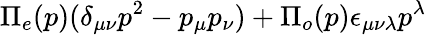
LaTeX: \Pi_{e}(p)(\delta_{\mu\nu}p^{2}-p_{\mu}p_{\nu})+\Pi_{o}(p)\epsilon_{\mu\nu\lambda}p^{\lambda}